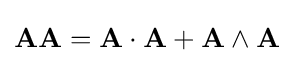
\mathbf {A} \mathbf {A} =\mathbf {A} \cdot \mathbf {A} +\mathbf {A} \wedge \mathbf {A}